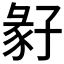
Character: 𡦁